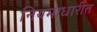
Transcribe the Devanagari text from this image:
नियमाधारीत